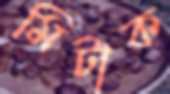
মিটাক